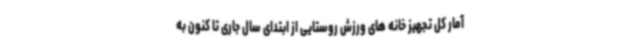
آمار کل تجهیز خانه های ورزش روستایی از ابتدای سال جاری تا کنون به